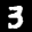
Label: 3